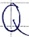
Text: Q